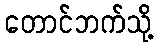
တောင်ဘက်သို့